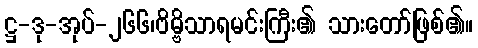
ဋ္ဌ-ဒု-အုပ်-၂၆၆၊ဗိမ္ဗိသာရမင်းကြီး၏ သားတော်ဖြစ်၏။